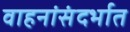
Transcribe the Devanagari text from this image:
वाहनांसंदर्भात